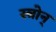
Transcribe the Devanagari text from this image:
स्त्रोन्